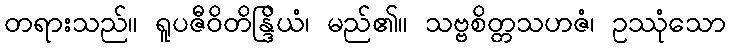
တရားသည်။ ရူပဇီဝိတိန္ဒြိယံ၊ မည်၏။ သဗ္ဗစိတ္တသဟဇံ၊ ဥဿုံသော